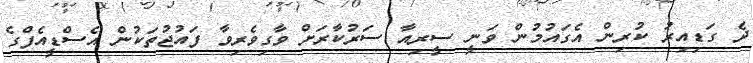
ދެ ގަޑިއިރު ކުރިން އެގައުމުން ވަނީ ސީރިއާ ސަރުކާރަށް ވާގިވެރިވާ ފައުޖުތަކުން އެސްޑީއެފްގެ